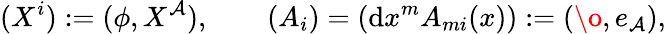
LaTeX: (X^{i}):=(\phi,X^{\mathcal{A}}),\qquad(A_{i})=(\mathrm{d}x^{m}A_{mi}(x)):=(\o,e_{\mathcal{A}}),